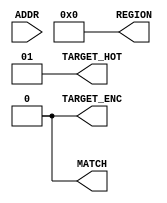
module axi_crossbar_v2_1_addr_decoder #
  (
   parameter         C_FAMILY          = "none",
   parameter integer C_NUM_TARGETS     = 2,  // Number of decode targets = [1:16]
   parameter integer C_NUM_TARGETS_LOG = 1,  // Log2(C_NUM_TARGETS)
   parameter integer C_NUM_RANGES      = 1, // Number of alternative ranges that
                                             //    can match each target [1:16]
   parameter integer C_ADDR_WIDTH      = 32, // Width of decoder operand and of
                                             //   each base and high address [2:64]
   parameter integer C_TARGET_ENC      = 0,  // Enable encoded target output
   parameter integer C_TARGET_HOT      = 1,  // Enable 1-hot target output
   parameter integer C_REGION_ENC      = 0,   // Enable REGION output
   parameter [C_NUM_TARGETS*C_NUM_RANGES*64-1:0] C_BASE_ADDR = {C_NUM_TARGETS*C_NUM_RANGES*64{1'b1}},
   parameter [C_NUM_TARGETS*C_NUM_RANGES*64-1:0] C_HIGH_ADDR = {C_NUM_TARGETS*C_NUM_RANGES*64{1'b0}},
   parameter [C_NUM_TARGETS:0]    C_TARGET_QUAL                 = {C_NUM_TARGETS{1'b1}},
                       // Indicates whether each target has connectivity.
                       // Format: C_NUM_TARGETS{Bit1}.
   parameter integer   C_RESOLUTION                 = 0,
                       // Number of low-order ADDR bits that can be ignored when decoding.
   parameter integer   C_COMPARATOR_THRESHOLD       = 6
                       // Number of decoded ADDR bits above which will implement comparator_static.
   )
  (
   input  wire [C_ADDR_WIDTH-1:0]      ADDR,        // Decoder input operand
   output wire [C_NUM_TARGETS-1:0]     TARGET_HOT,  // Target matching address (1-hot)
   output wire [C_NUM_TARGETS_LOG-1:0] TARGET_ENC,  // Target matching address (encoded)
   output wire                         MATCH,       // Decode successful
   output wire [3:0]                   REGION      // Range within target matching address (encoded)
   );
  // Variables for generating parameter controlled instances.
  genvar target_cnt;
  genvar region_cnt;
  // Function to detect addrs is in the addressable range.
  // Only compare 4KB page address (ignore low-order 12 bits)
  function  decode_address;
    input [C_ADDR_WIDTH-1:0] base, high, addr;
    reg   [C_ADDR_WIDTH-C_RESOLUTION-1:0] mask;
    reg   [C_ADDR_WIDTH-C_RESOLUTION-1:0] addr_page;
    reg   [C_ADDR_WIDTH-C_RESOLUTION-1:0] base_page;
    reg   [C_ADDR_WIDTH-C_RESOLUTION-1:0] high_page;
  begin
    addr_page = addr[C_RESOLUTION+:C_ADDR_WIDTH-C_RESOLUTION];
    base_page = base[C_RESOLUTION+:C_ADDR_WIDTH-C_RESOLUTION];
    high_page = high[C_RESOLUTION+:C_ADDR_WIDTH-C_RESOLUTION];
    if (base[C_ADDR_WIDTH-1] & ~high[C_ADDR_WIDTH-1]) begin
      decode_address = 1'b0;
    end else begin
      mask  = base_page ^ high_page;
      if ( (base_page & ~mask) == (addr_page & ~mask) ) begin
        decode_address = 1'b1;
      end else begin
        decode_address = 1'b0;
      end
    end
  end
  endfunction
  // Generates a binary coded from onehotone encoded
  function [3:0] f_hot2enc
    (
      input [15:0]  one_hot
    );
    begin
      f_hot2enc[0] = |(one_hot & 16'b1010101010101010);
      f_hot2enc[1] = |(one_hot & 16'b1100110011001100);
      f_hot2enc[2] = |(one_hot & 16'b1111000011110000);
      f_hot2enc[3] = |(one_hot & 16'b1111111100000000);
    end
  endfunction
  // Internal signals
  wire [C_NUM_TARGETS-1:0]              TARGET_HOT_I;     // Target matching address (1-hot).
  wire [C_NUM_TARGETS*C_NUM_RANGES-1:0] ADDRESS_HIT;      // For address hit (1-hot).
  wire [C_NUM_TARGETS*C_NUM_RANGES-1:0] ADDRESS_HIT_REG;  // For address hit (1-hot).
  wire [C_NUM_RANGES-1:0]               REGION_HOT;       // Reginon matching address (1-hot).
  wire [3:0]                            TARGET_ENC_I;     // Internal version of encoded hit.
  // Generate detection per region per target.
  generate
    for (target_cnt = 0; target_cnt < C_NUM_TARGETS; target_cnt = target_cnt + 1) begin : gen_target
      for (region_cnt = 0; region_cnt < C_NUM_RANGES; region_cnt = region_cnt + 1) begin : gen_region
        // Detect if this is an address hit (including used region decoding).
        if ((C_ADDR_WIDTH - C_RESOLUTION) > C_COMPARATOR_THRESHOLD) begin : gen_comparator_static
          if (C_TARGET_QUAL[target_cnt] &&
              ((C_BASE_ADDR[(target_cnt*C_NUM_RANGES+region_cnt)*64 +: C_ADDR_WIDTH] == 0) ||
               (C_HIGH_ADDR[(target_cnt*C_NUM_RANGES+region_cnt)*64 +: C_ADDR_WIDTH] != 0))) begin : gen_addr_range
            generic_baseblocks_v2_1_comparator_static #
            (
            .C_FAMILY("rtl"),
            .C_VALUE(C_BASE_ADDR[(target_cnt*C_NUM_RANGES+region_cnt)*64+C_RESOLUTION +: C_ADDR_WIDTH-C_RESOLUTION]),
            .C_DATA_WIDTH(C_ADDR_WIDTH-C_RESOLUTION)
            ) addr_decode_comparator
            (
            .CIN(1'b1),
            .A(ADDR[C_RESOLUTION +: C_ADDR_WIDTH-C_RESOLUTION] &
              ~(C_BASE_ADDR[(target_cnt*C_NUM_RANGES+region_cnt)*64+C_RESOLUTION +: C_ADDR_WIDTH-C_RESOLUTION] ^
                C_HIGH_ADDR[(target_cnt*C_NUM_RANGES+region_cnt)*64+C_RESOLUTION +: C_ADDR_WIDTH-C_RESOLUTION])),
            .COUT(ADDRESS_HIT[target_cnt*C_NUM_RANGES + region_cnt])
            );
          end else begin : gen_null_range
            assign ADDRESS_HIT[target_cnt*C_NUM_RANGES + region_cnt] = 1'b0;
          end
        end else begin : gen_no_comparator_static
          assign ADDRESS_HIT[target_cnt*C_NUM_RANGES + region_cnt] = C_TARGET_QUAL[target_cnt] ?
                                    decode_address(
                                      C_BASE_ADDR[(target_cnt*C_NUM_RANGES+region_cnt)*64 +: C_ADDR_WIDTH],
                                      C_HIGH_ADDR[(target_cnt*C_NUM_RANGES+region_cnt)*64 +: C_ADDR_WIDTH],
                                      ADDR)
                                    : 1'b0;
        end  // gen_comparator_static
        assign ADDRESS_HIT_REG[region_cnt*C_NUM_TARGETS+target_cnt] = ADDRESS_HIT[target_cnt*C_NUM_RANGES + region_cnt];
        assign REGION_HOT[region_cnt] = | ADDRESS_HIT_REG[region_cnt*C_NUM_TARGETS +: C_NUM_TARGETS];
      end  // gen_region
      // All regions are non-overlapping
      // => Or all the region detections for this target to determine if it is a hit.
      assign TARGET_HOT_I[target_cnt]  = | ADDRESS_HIT[target_cnt*C_NUM_RANGES +: C_NUM_RANGES];
    end  // gen_target
  endgenerate
  // All regions are non-overlapping
  // => Or all the target hit detections if it is a match.
  assign MATCH = | TARGET_HOT_I;
  // Assign conditional onehot target output signal.
  generate
    if (C_TARGET_HOT == 1) begin : USE_TARGET_ONEHOT
      assign TARGET_HOT = MATCH ? TARGET_HOT_I : 1;
    end else begin : NO_TARGET_ONEHOT
      assign TARGET_HOT = {C_NUM_TARGETS{1'b0}};
    end
  endgenerate
  // Assign conditional encoded target output signal.
  generate
    if (C_TARGET_ENC == 1) begin : USE_TARGET_ENCODED
      assign TARGET_ENC_I = f_hot2enc(TARGET_HOT_I);
      assign TARGET_ENC   = TARGET_ENC_I[C_NUM_TARGETS_LOG-1:0];
    end else begin : NO_TARGET_ENCODED
      assign TARGET_ENC = {C_NUM_TARGETS_LOG{1'b0}};
    end
  endgenerate
  // Assign conditional encoded region output signal.
  generate
    if (C_TARGET_ENC == 1) begin : USE_REGION_ENCODED
      assign REGION = f_hot2enc(REGION_HOT);
    end else begin : NO_REGION_ENCODED
      assign REGION = 4'b0;
    end
  endgenerate
endmodule